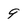
Character: 9